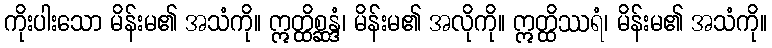
ကိုးပါးသော မိန်းမ၏ အသံကို။ ဣတ္ထိစ္ဆန္ဒံ၊ မိန်းမ၏ အလိုကို။ ဣတ္ထိဿရံ၊ မိန်းမ၏ အသံကို။